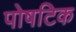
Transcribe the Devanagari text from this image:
पोषटिक